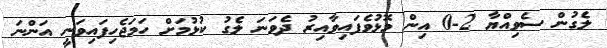
ލެގުން ސެވިއްޔާ 2-0 އިން މޮޅުވެފައިވާއިރު ދެވަނަ ލެގު ކުޅުމަށް ހަމަޖެހިފައިވަނީ އަންނަ